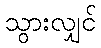
သွားလျှင်